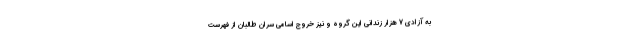
به آزادی 7 هزار زندانی این گروه و نیز خروج اسامی سران طالبان از فهرست